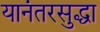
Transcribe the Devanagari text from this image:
यानंतरसुद्धा